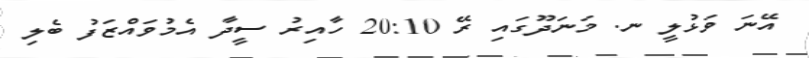
އޭނަ ވަޅުލީ ނ. މަނަދޫގައި ރޭ 20:10 ހާއިރު ސީދާ އެމުވައްޒަފު ބެލި